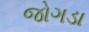
જોગડા